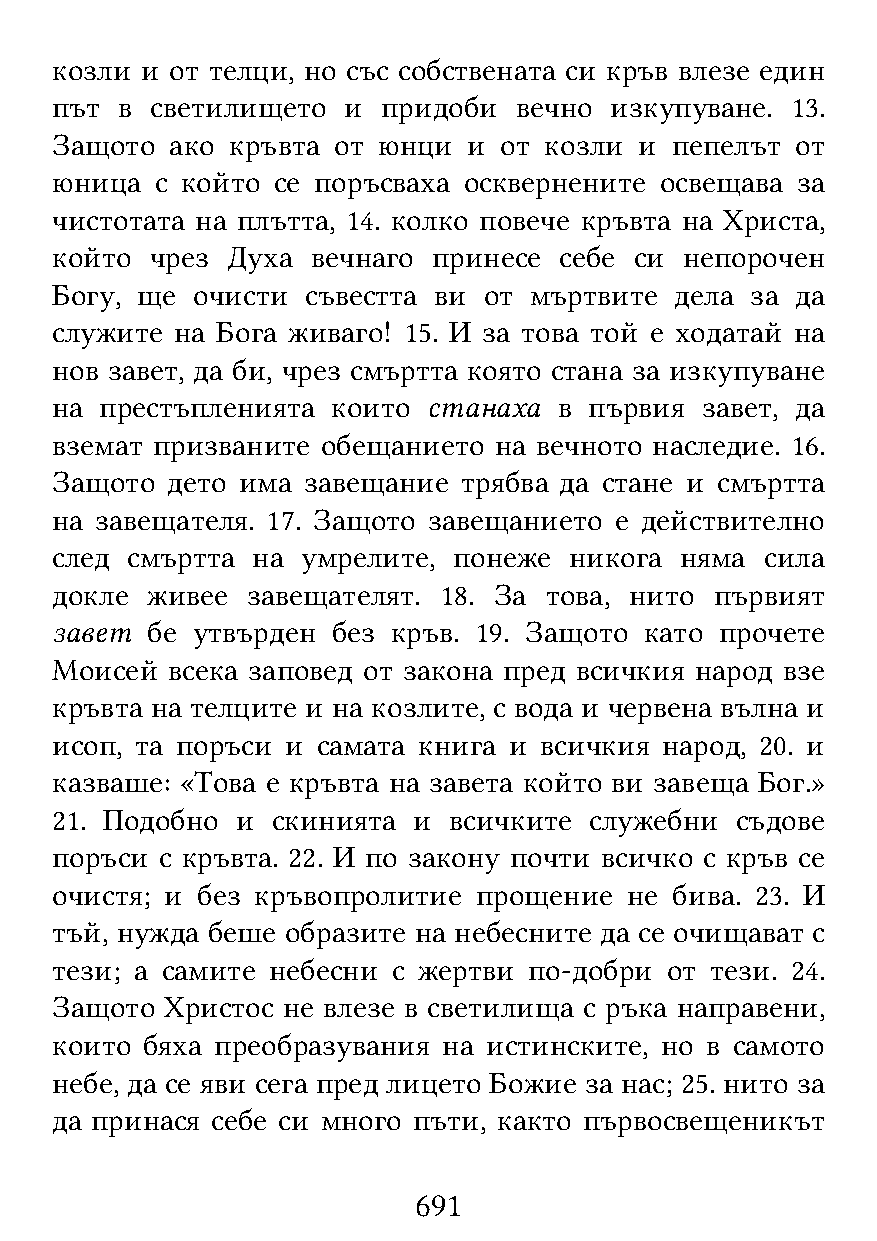
козли и от телци, но със собствената си кръв влезе един
 път  в светилището  и придоби  вечно изкупуване. 13.
 Защото  ако кръвта от юнци  и от козли и пепелът  от
 юница  с който се поръсваха осквернените освещава за
 чистотата на плътта, 14. колко повече кръвта на Христа,
 който  чрез Духа  вечнаго принесе себе си непорочен
 Богу, ще  очисти съвестта ви от мъртвите  дела за да
 служите  на Бога живаго! 15. И за това той е ходатай на
 нов завет, да би, чрез смъртта която стана за изкупуване
 на  престъпленията които станаха  в първия завет, да
 вземат призваните обещанието  на вечното наследие. 16.
 Защото  дето има завещание  трябва да стане и смъртта
 на завещателя. 17. Защото завещанието е действително
 след смъртта  на умрелите, понеже  никога няма  сила
 докле  живее завещателят. 18. За това, нито първият
 завет  бе утвърден без кръв. 19. Защото като прочете
 Моисей  всека заповед от закона пред всичкия народ взе
 кръвта на телците и на козлите, с вода и червена вълна и
 исоп, та поръси и самата книга и всичкия народ, 20. и
 казваше: «Това е кръвта на завета който ви завеща Бог.»
 21. Подобно  и скинията и  всичките служебни  съдове
 поръси  с кръвта. 22. И по закону почти всичко с кръв се
 очистя; и без кръвопролитие  прощение  не бива. 23. И
 тъй, нужда беше образите на небесните да се очищават с
 тези; а самите небесни с жертви по-добри от тези. 24.
 Защото  Христос не влезе в светилища с ръка направени,
 които бяха преобразувания на истинските, но в самото
 небе, да се яви сега пред лицето Божие за нас; 25. нито за
 да принася себе си много пъти, както първосвещеникът
 691